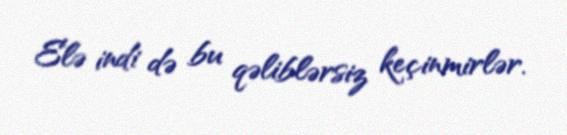
Elə indi də bu qəliblərsiz keçinmirlər.